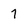
Character: 7